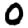
Digit: 0